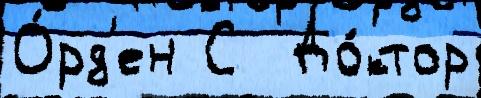
О́рд'ен С  До́ктор